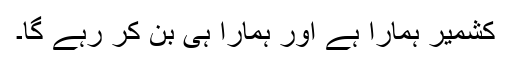
کشمیر ہمارا ہے اور ہمارا ہی بن کر رہے گا۔